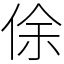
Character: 俆